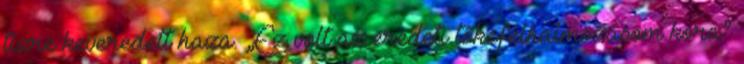
tízre keveredett haza. „Ez volt az eredeti tőkefelhalmozásom kora”